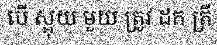
បើ ស្អុយ មួយ ត្រូវ ដក ត្រី